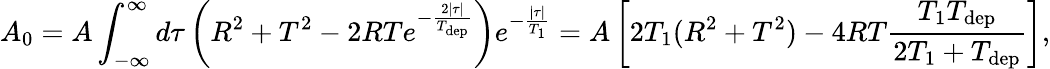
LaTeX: A_{0}=A\int_{-\infty}^{\infty}d\tau\left(R^{2}+T^{2}-2RTe^{-\frac{2|\tau|}{T_{\mathrm{dep}}}}\right)e^{-\frac{|\tau|}{T_{1}}}=A\left[2T_{1}(R^{2}+T^{2})-4RT\frac{T_{1}T_{\mathrm{dep}}}{2T_{1}+T_{\mathrm{dep}}}\right],